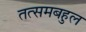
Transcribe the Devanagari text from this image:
तत्समबहुल